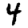
Digit: 4